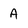
Character: A